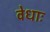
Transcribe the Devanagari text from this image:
वेधाः